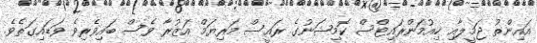
އައިންތު ޖަމީލާއި ހިއުމަންރައިޓްސް ކޮމިޝަނުގެ ރައީސް މަރިޔަމް އަޒުރާ ވެސް ބައިވެރިވެ ވަޑައިގަތެވެ.